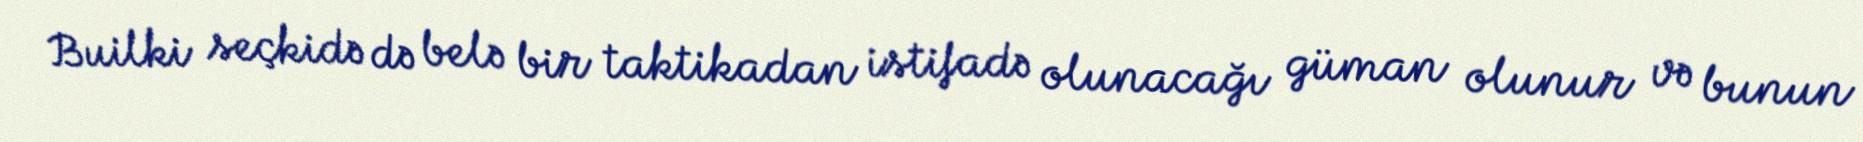
Builki seçkidə də belə bir taktikadan istifadə olunacağı güman olunur və bunun